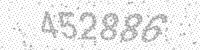
Solution: 452886